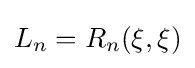
L_{n}=R_{n}(\xi ,\xi )